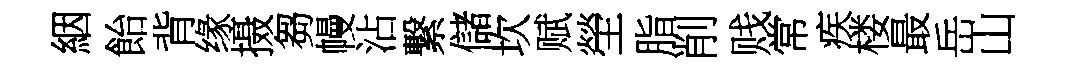
絪飴背缘摄芻幔沾繋儲坎赋塋脂削贱常疾楼最岳山